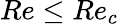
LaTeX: Re\le Re_{c}